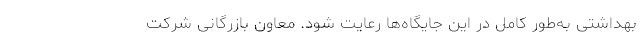
بهداشتی به‌طور کامل در این جایگاه‌ها رعایت شود. معاون بازرگانی شرکت